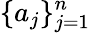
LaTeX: \{ a_{j}\} _{j=1}^{n}